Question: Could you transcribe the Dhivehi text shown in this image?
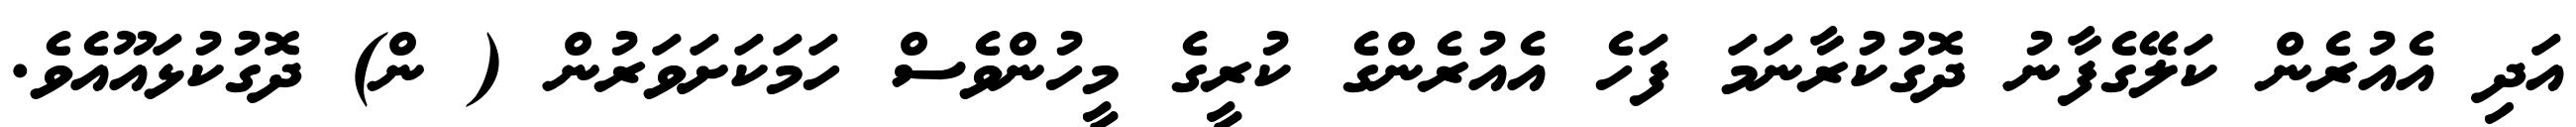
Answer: އަދި އެއުރެން ކަލޭގެފާނު ދޮގުކުރާނަމަ ފަހެ އެއުރެންގެ ކުރީގެ މީހުންވެސް ހަމަކަށަވަރުން ( ން) ދޮގުކުޅައޫއެވެ.